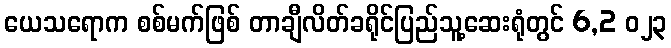
ယေသရောက စစ်မက်ဖြစ် တာချီလိတ်ခရိုင်ပြည်သူ့ဆေးရုံတွင် 6,2 ၀၂၃